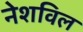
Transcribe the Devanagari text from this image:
नेशविल